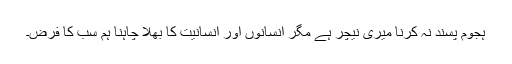
ہجوم پسند نہ کرنا میری نیچر ہے مگر انسانوں اور انسانیت کا بھلا چاہنا ہم سب کا فرض۔